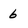
Character: b